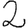
Digit: 2